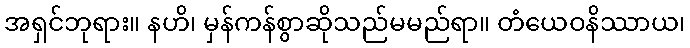
အရှင်ဘုရား။ နဟိ၊ မှန်ကန်စွာဆိုသည်မမည်ရာ။ တံယေဝနိဿာယ၊